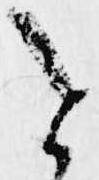
を